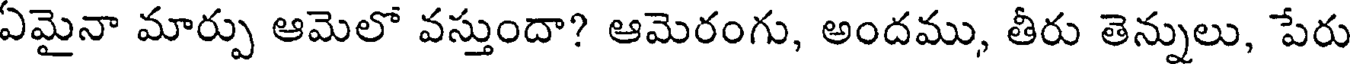
ఏమైనా మార్పు ఆమెలో వస్తుందా? ఆమెరంగు, అందము, తీరు తెన్నులు, పేరు